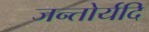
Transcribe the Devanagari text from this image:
जन्तोर्यदि